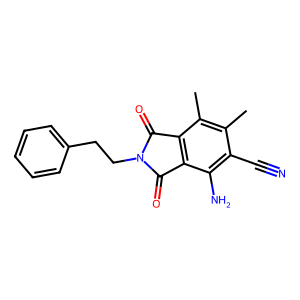
SMILES: Cc1c(C)c2c(c(N)c1C#N)C(=O)N(CCc1ccccc1)C2=O
Inhibits HIV replication: No